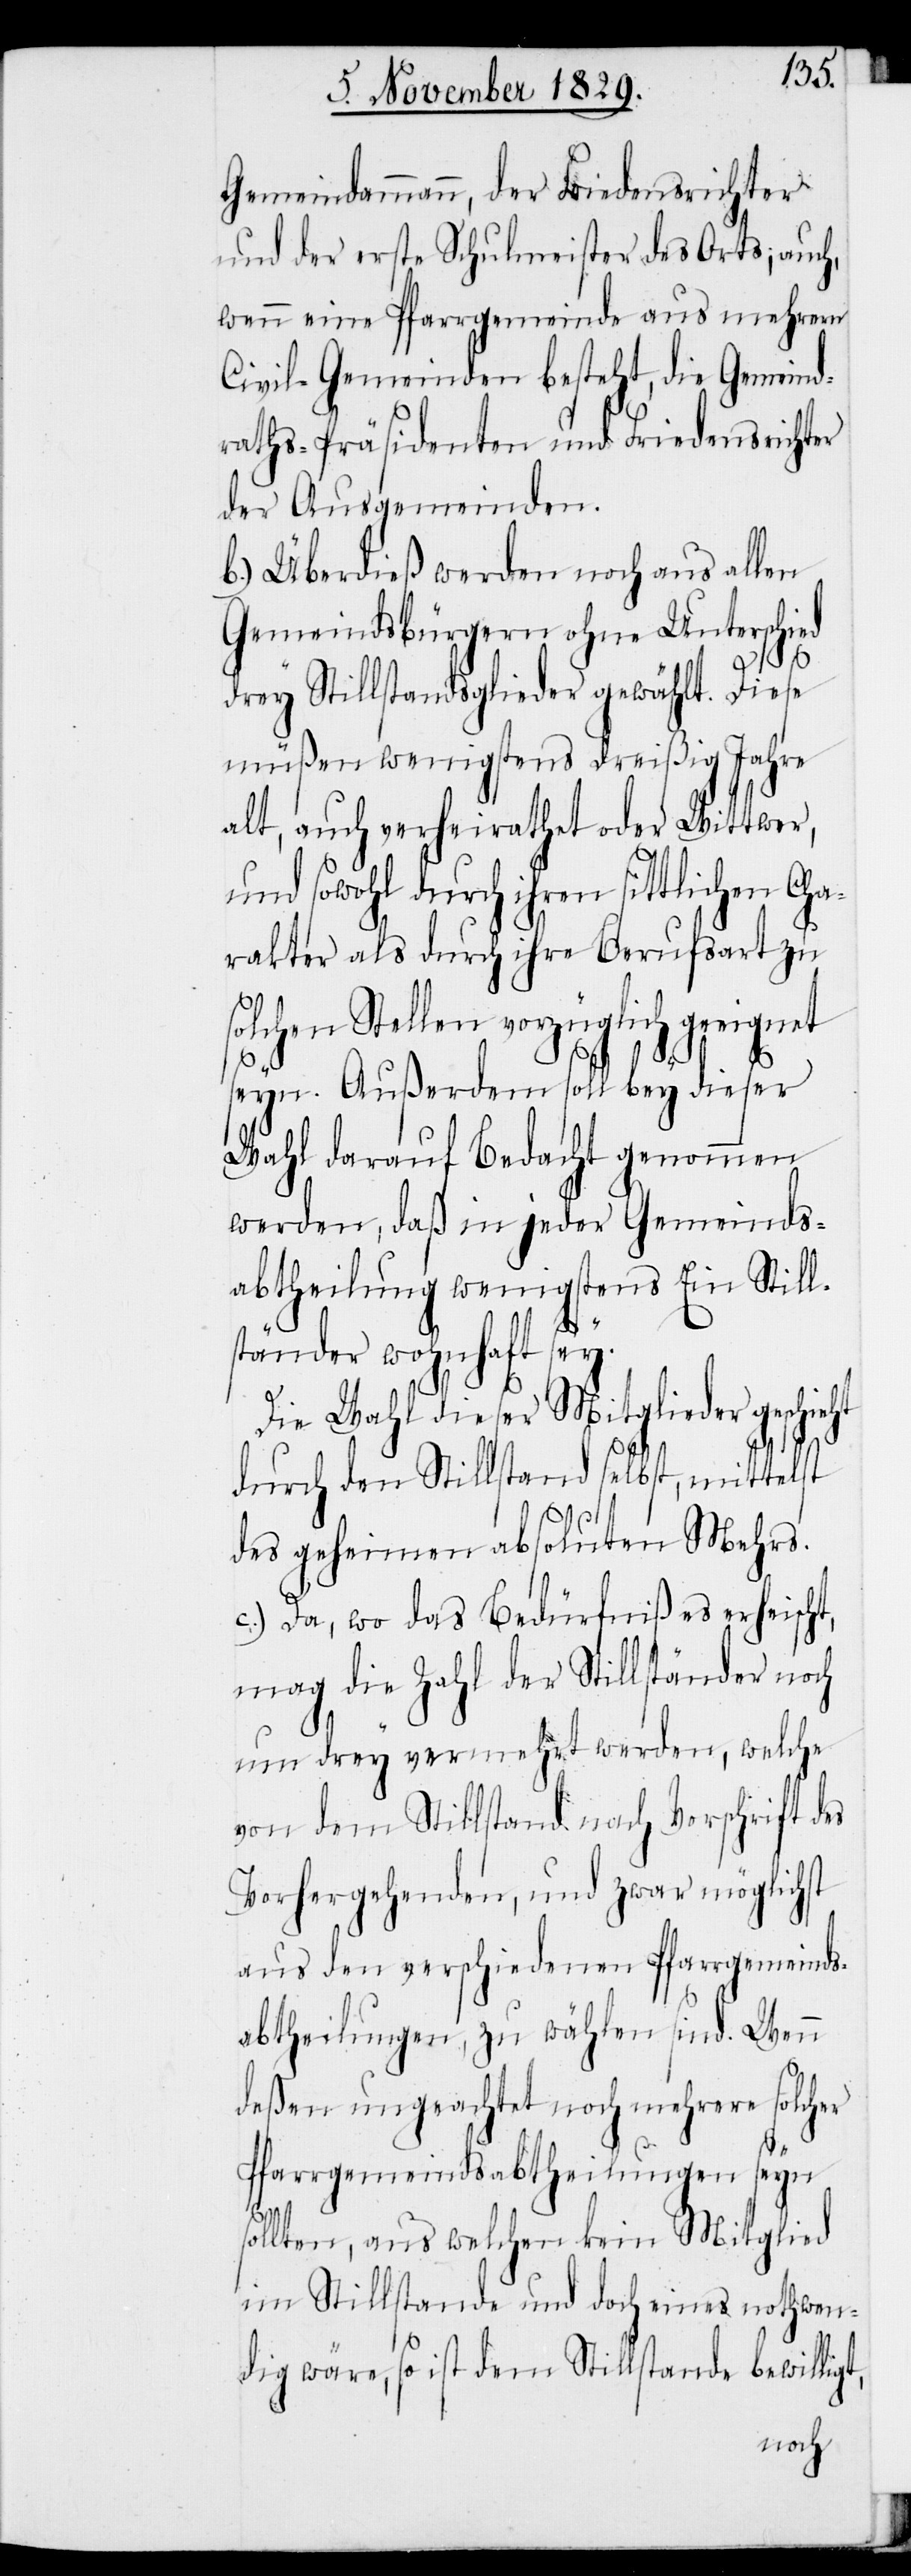
et
Gemeindammann, der Friedensrichter
und der erste Schulmeister des Orts, auch,
wenn eine Pfarrgemeinde aus mehrern
Civil-Gemeinden besteht, die Gemeind¬
raths-Präsidenten und Friedensrichter
der Ausgemeinden.
b.) Überdieß werden noch aus allen
Gemeindsbürgern ohne Unterschied
drey Stillstandsglieder gewählt. Diese
müßen wenigstens dreißig Jahre
alt, auch verheirathet oder Wittwer,
und sowohl durch ihren sittlichen Cha¬
rakter als durch ihre Berufsart zu
olchen Stellen vorzüglich geeign¬
seyn. Außerdem soll bey dieser
Wahl darauf Bedacht genommen
werden, daß in jeder Gemeinds¬
abtheilung wenigstens Ein Still¬
ständer wohnhaft sey.
Die Wahl dieser Mitglieder geschieht
durch den Stillstand selbst, mittelst
des geheimen absoluten Mehrs.
c.) Da, wo das Bedürfniß es erheischt,
mag die Zahl der Stillständer noch
um drey vermehrt werden, welche
von dem Stillstand nach Vorschrift des
Vorhergehenden, und zwar möglichst
aus den verschiedenen Pfarrgemeinds¬
abtheilungen, zu wählen sind. Wenn
deßen ungeachtet noch mehrere solcher
Pfarrgemeindsabtheilungen seyn
sollten, aus welchen kein Mitglied
im Stillstande und doch eines nothwen¬
dig wäre, so ist dem Stillstande bewilligt,